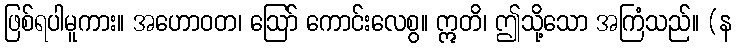
ဖြစ်ရပါမူကား။ အဟောဝတ၊ ဩော် ကောင်းလေစွ။ ဣတိ၊ ဤသို့သော အကြံသည်။ (န